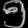
Digit: ၅